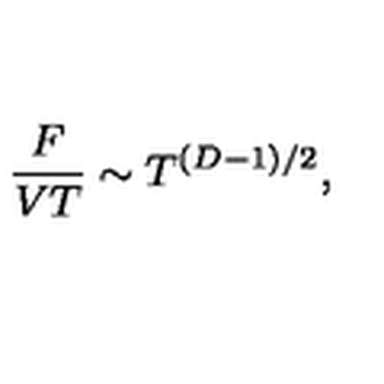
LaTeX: { \frac { F } { V T } } \sim T ^ { ( D - 1 ) / 2 } ,